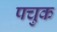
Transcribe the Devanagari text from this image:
पचुक